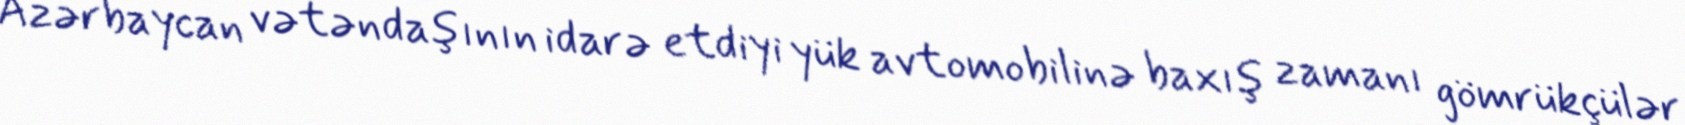
Azərbaycan vətəndaşının idarə etdiyi yük avtomobilinə baxış zamanı gömrükçülər